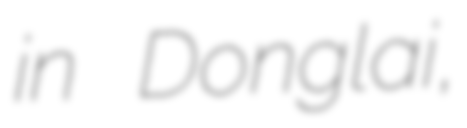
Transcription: in Donglai,